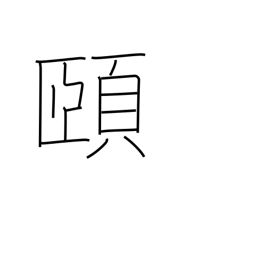
Meaning: chin